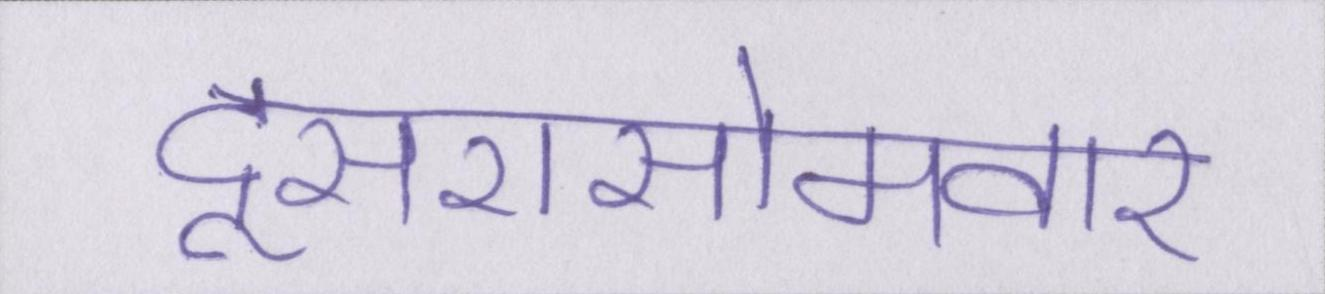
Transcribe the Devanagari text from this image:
दूसरासोमवार